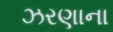
ઝરણાના